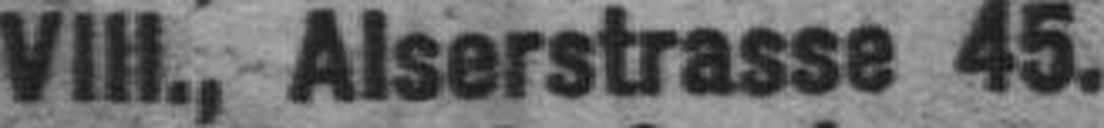
VIII., Alserstrasse 45.